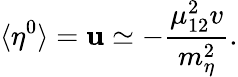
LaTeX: \langle\eta^{0}\rangle=\mathbf{u}\simeq-{\frac{{\mu_{12}^{2}v}}{{m_{\eta}^{2}}}}.